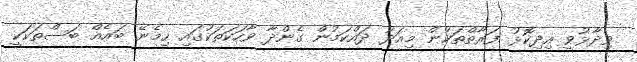
ވިދާޅުވީ އިދިކޮޅު ފަރާތްތަކުން މިއަދު ދައްކަމުން ގެންދާ ވާހަކަތަކުގައި ހިމެނޭ ބައެއް ބަސްތަކަކީ